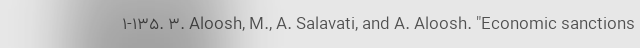
1-135. 3. Aloosh, M., A. Salavati, and A. Aloosh. "Economic sanctions